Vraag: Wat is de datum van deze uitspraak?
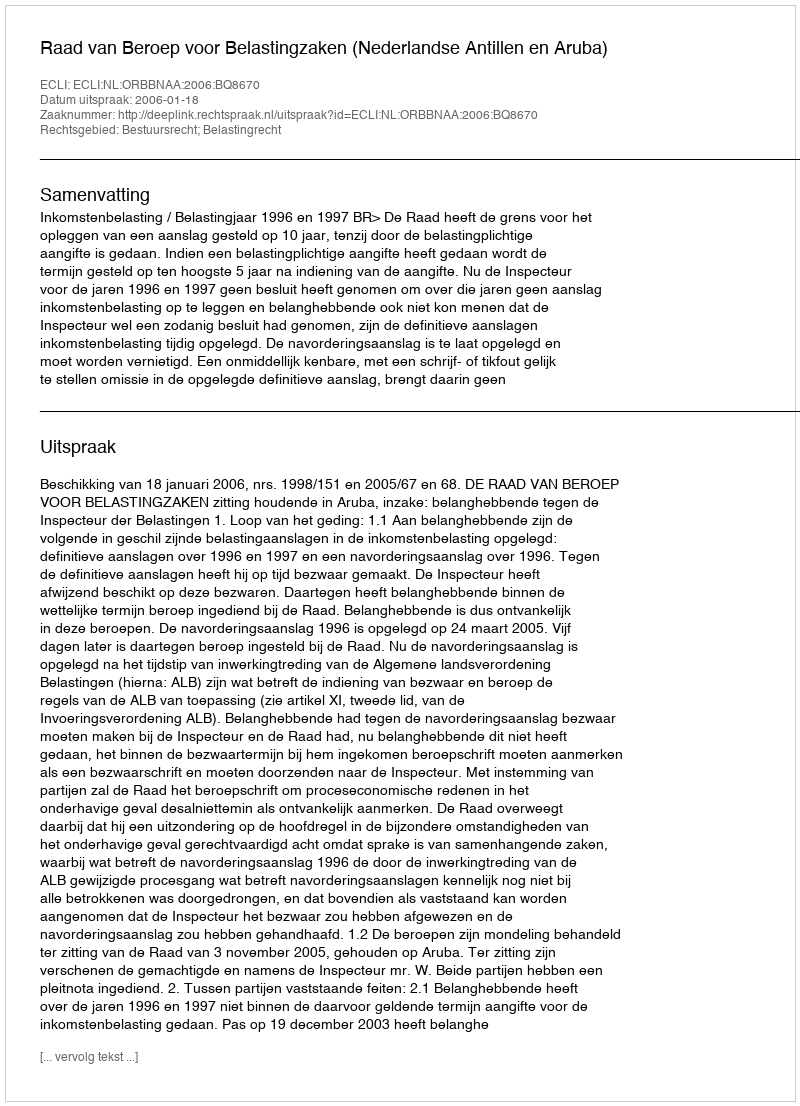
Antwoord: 2006-01-18